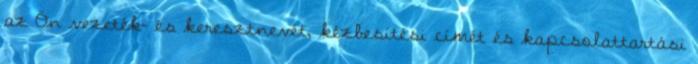
az Ön vezeték- és keresztnevét, kézbesítési címét és kapcsolattartási